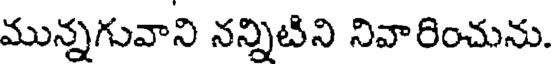
మున్నగువాని నన్నిటిని నివారించును.